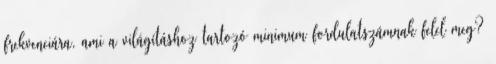
frekvenciára, ami a világításhoz tartozó minimum fordulatszámnak felel meg?